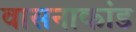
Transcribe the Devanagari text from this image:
वासनाकांड